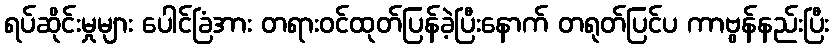
ရပ်ဆိုင်းမှုများ ပေါင်ခြံအား တရားဝင်ထုတ်ပြန်ခဲ့ပြီးနောက် တရုတ်ပြင်ပ ကာဗွန်နည်းပြီး